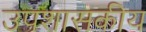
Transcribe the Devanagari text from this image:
उपशासकीय